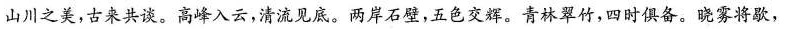
山川之美，古来共谈。高峰入云，清流见底。两岸石壁，五色交辉。青林翠竹，四时俱备。晓雾将歇，